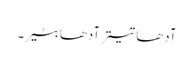
آدھا تیتر آدھا بٹیر۔